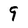
Character: 9